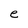
Character: e